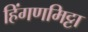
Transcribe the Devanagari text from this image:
हिंगणमिट्टा